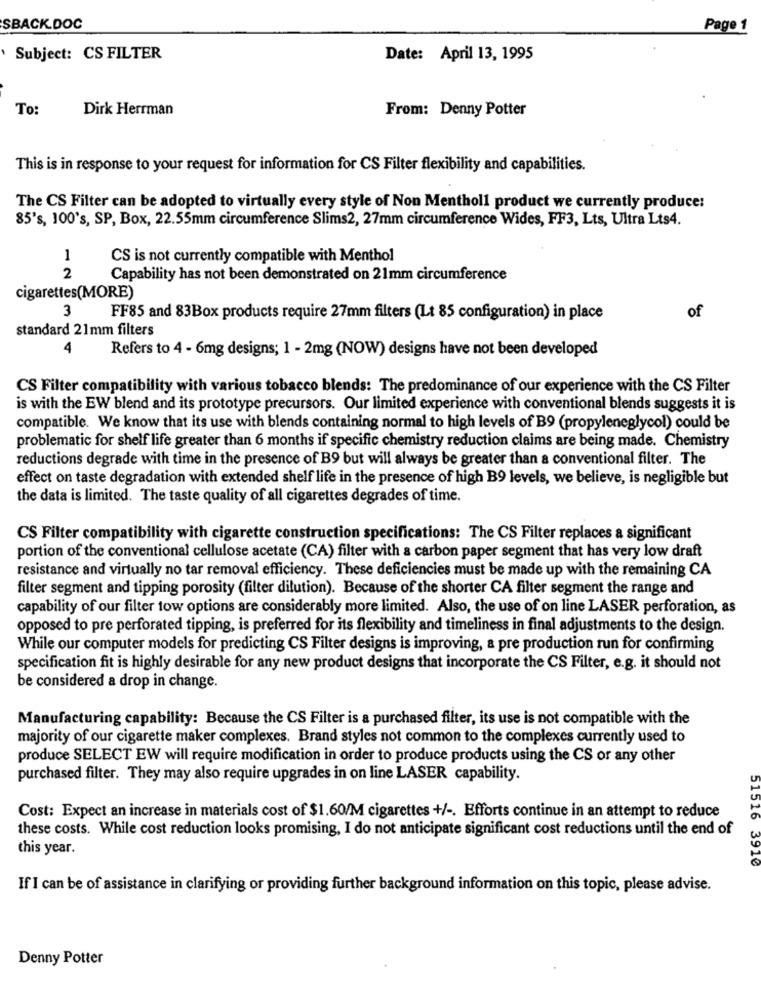
SBACK.DOC
Page 1
Subject: CS FILTER
Date: April 13, 1995
To:
Dirk Herrman
From: Denny Potter
This is in response to your request for information for CS Filter flexibility and capabilities.
The CS Filter can be adopted to virtually every style of Non Mentholl product we currently produce:
85's, 100's, SP, Box, 22.55mm circumference Slims2, 27mm circumference Wides, FF3, Lts, Ultra Lts4.
CS is not currently compatible with Menthol
Capability has not been demonstrated on 21mm circumference
128
cigarettes(MORE)
3
FF85 and 83Box products require 27mm filters (Lt 85 configuration) in place
of
standard 21mm filters
4
Refers to 4 - 6mg designs; 1 - 2mg (NOW) designs have not been developed
CS Filter compatibility with various tobacco blends: The predominance of our experience with the CS Filter
is with the EW blend and its prototype precursors. Our limited experience with conventional blends suggests it is
compatible. We know that its use with blends containing normal to high levels of B9 (propyleneglycol) could be
problematic for shelf life greater than 6 months if specific chemistry reduction claims are being made. Chemistry
reductions degrade with time in the presence of B9 but will always be greater than a conventional filter. The
effect on taste degradation with extended shelf life in the presence of high B9 levels, we believe, is negligible but
the data is limited. The taste quality of all cigarettes degrades of time.
CS Filter compatibility with cigarette construction specifications: The CS Filter replaces a significant
portion of the conventional cellulose acetate (CA) filter with a carbon paper segment that has very low draft
resistance and virtually no tar removal efficiency. These deficiencies must be made up with the remaining CA
filter segment and tipping porosity (filter dilution). Because of the shorter CA filter segment the range and
capability of our filter tow options are considerably more limited. Also, the use of on line LASER perforation, as
opposed to pre perforated tipping, is preferred for its flexibility and timeliness in final adjustments to the design.
While our computer models for predicting CS Filter designs is improving, a pre production run for confirming
specification fit is highly desirable for any new product designs that incorporate the CS Filter, e.g. it should not
be considered a drop in change.
Manufacturing capability: Because the CS Filter is a purchased filter, its use is not compatible with the
majority of our cigarette maker complexes. Brand styles not common to the complexes currently used to
produce SELECT EW will require modification in order to produce products using the CS or any other
purchased filter. They may also require upgrades in on line LASER capability.
Cost: Expect an increase in materials cost of $1.60/M cigarettes +/ -. Efforts continue in an attempt to reduce
these costs. While cost reduction looks promising, I do not anticipate significant cost reductions until the end of
this year.
51516 3910
If I can be of assistance in clarifying or providing further background information on this topic, please advise.
Denny Potter